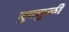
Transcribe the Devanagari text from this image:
बुचकुळी